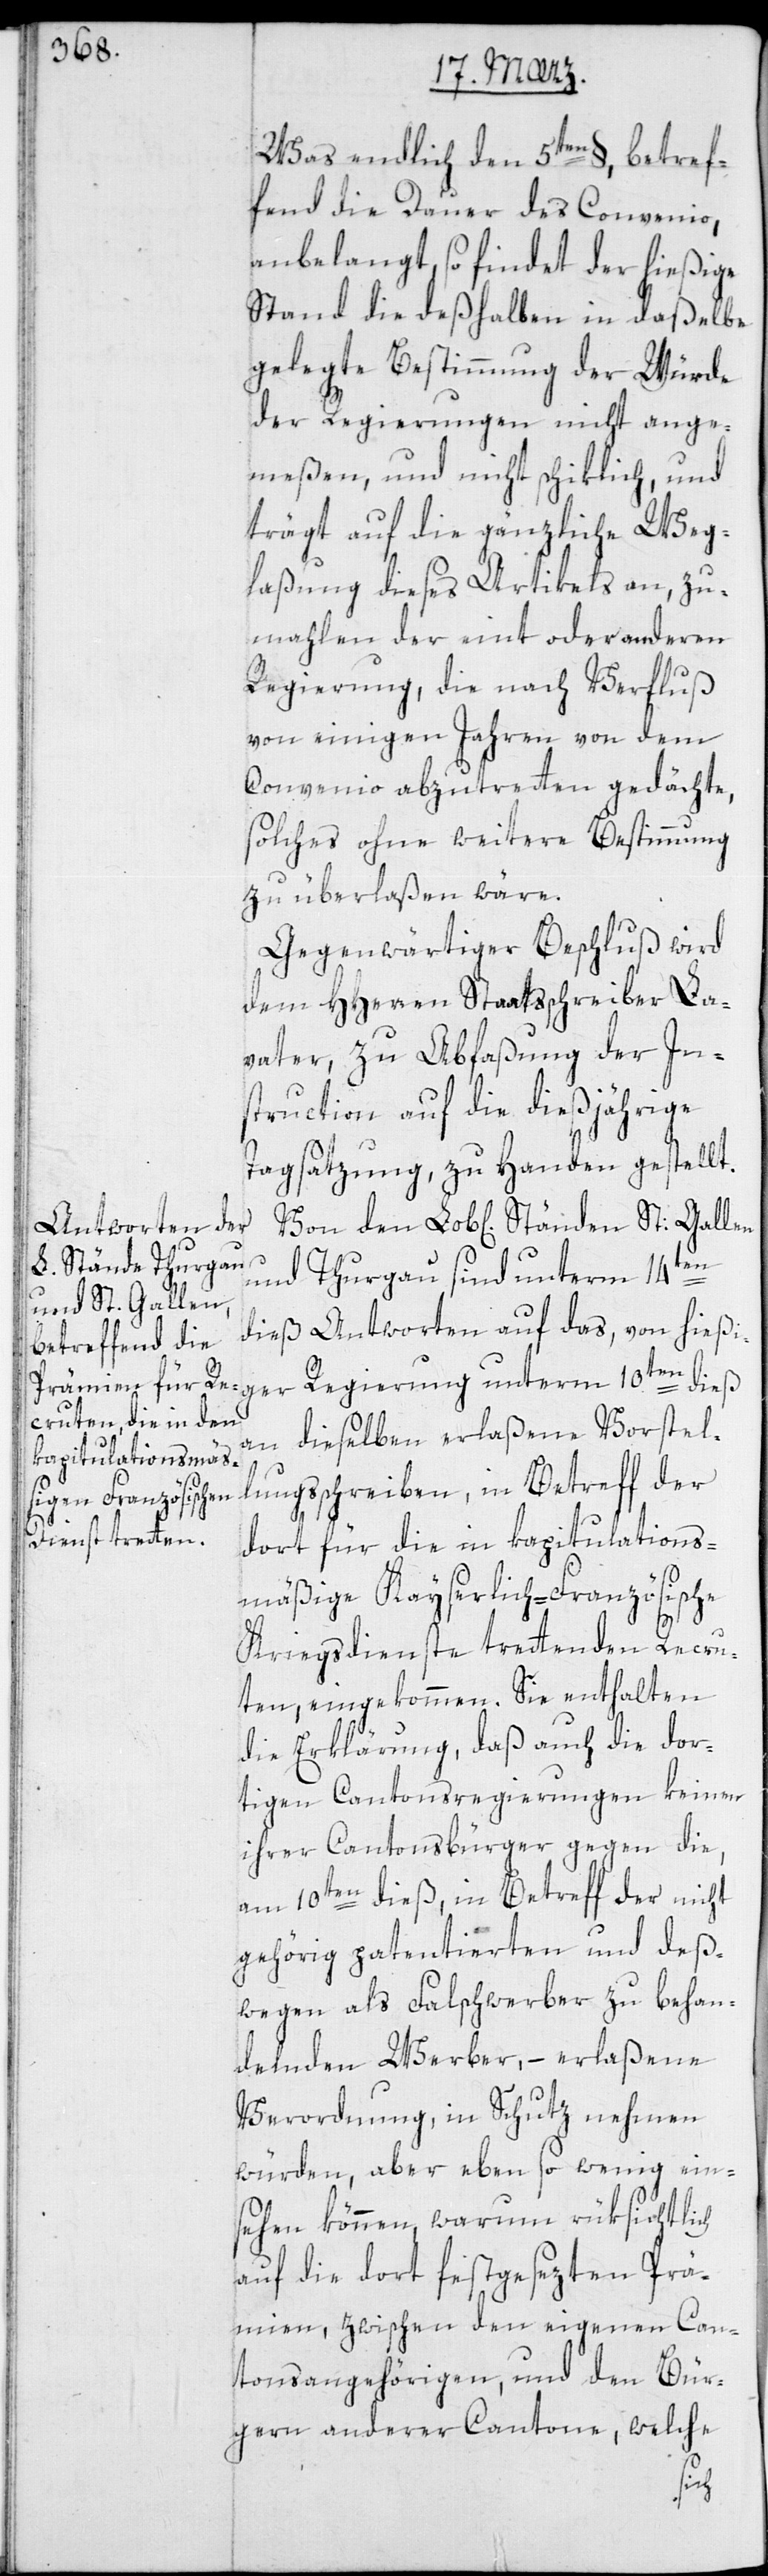
Was endlich den 5ten §, betref¬
fend die Dauer des Convenio
anbelangt, so findet der hießige
Stand die deßhalben in daßelbe
gelegte Bestimmung der Würde
der Regierungen nicht ange¬
meßen und nicht schiklich, und
trägt auf die gänzliche Weg¬
laßung dieses Artikels an, zu¬
mahlen der eint oder anderen
Regierung, die nach Verfluß
von einigen Jahren von dem
Convenio abzutreten gedächte,
solches ohne weitere Bestimmung
zu überlaßen wäre.
Gegenwärtiger Beschluß wird
dem HHerren Staatsschreiber La¬
vater, zu Abfaßung der In¬
struction auf die dießjährige
Tagsatzung zu Handen gestellt.
und Thurgau sind unterm 14ten
dieß Antworten auf das, von hießi¬
dieselben erlaßene Vorstel¬
an
lungsschreiben, in Betreff der
dort für die in kapitulations¬
mäßige Kayserlich-Französische
Kriegsdienste tretenden Recru¬
ten, eingekommen. Sie enthalten
die Erklärung, daß auch die dor¬
tigen Cantonsregierungen keinen
ihrer Cantonsbürger gegen die,
am 10ten dieß, in Betreff der nicht
gehörig patentierten und deß¬
wegen als Falschwerber zu behan¬
delnden Werber, – erlaßene
Verordnung, in Schutz nehmen
würden, aber ebenso wenig ein¬
sehen können, warum rüksichtlich
auf die dort festgesezten Prä¬
mien, zwischen den eigenen Can¬
tonsangehörigen und den Bür¬
gern anderer Cantone, welche